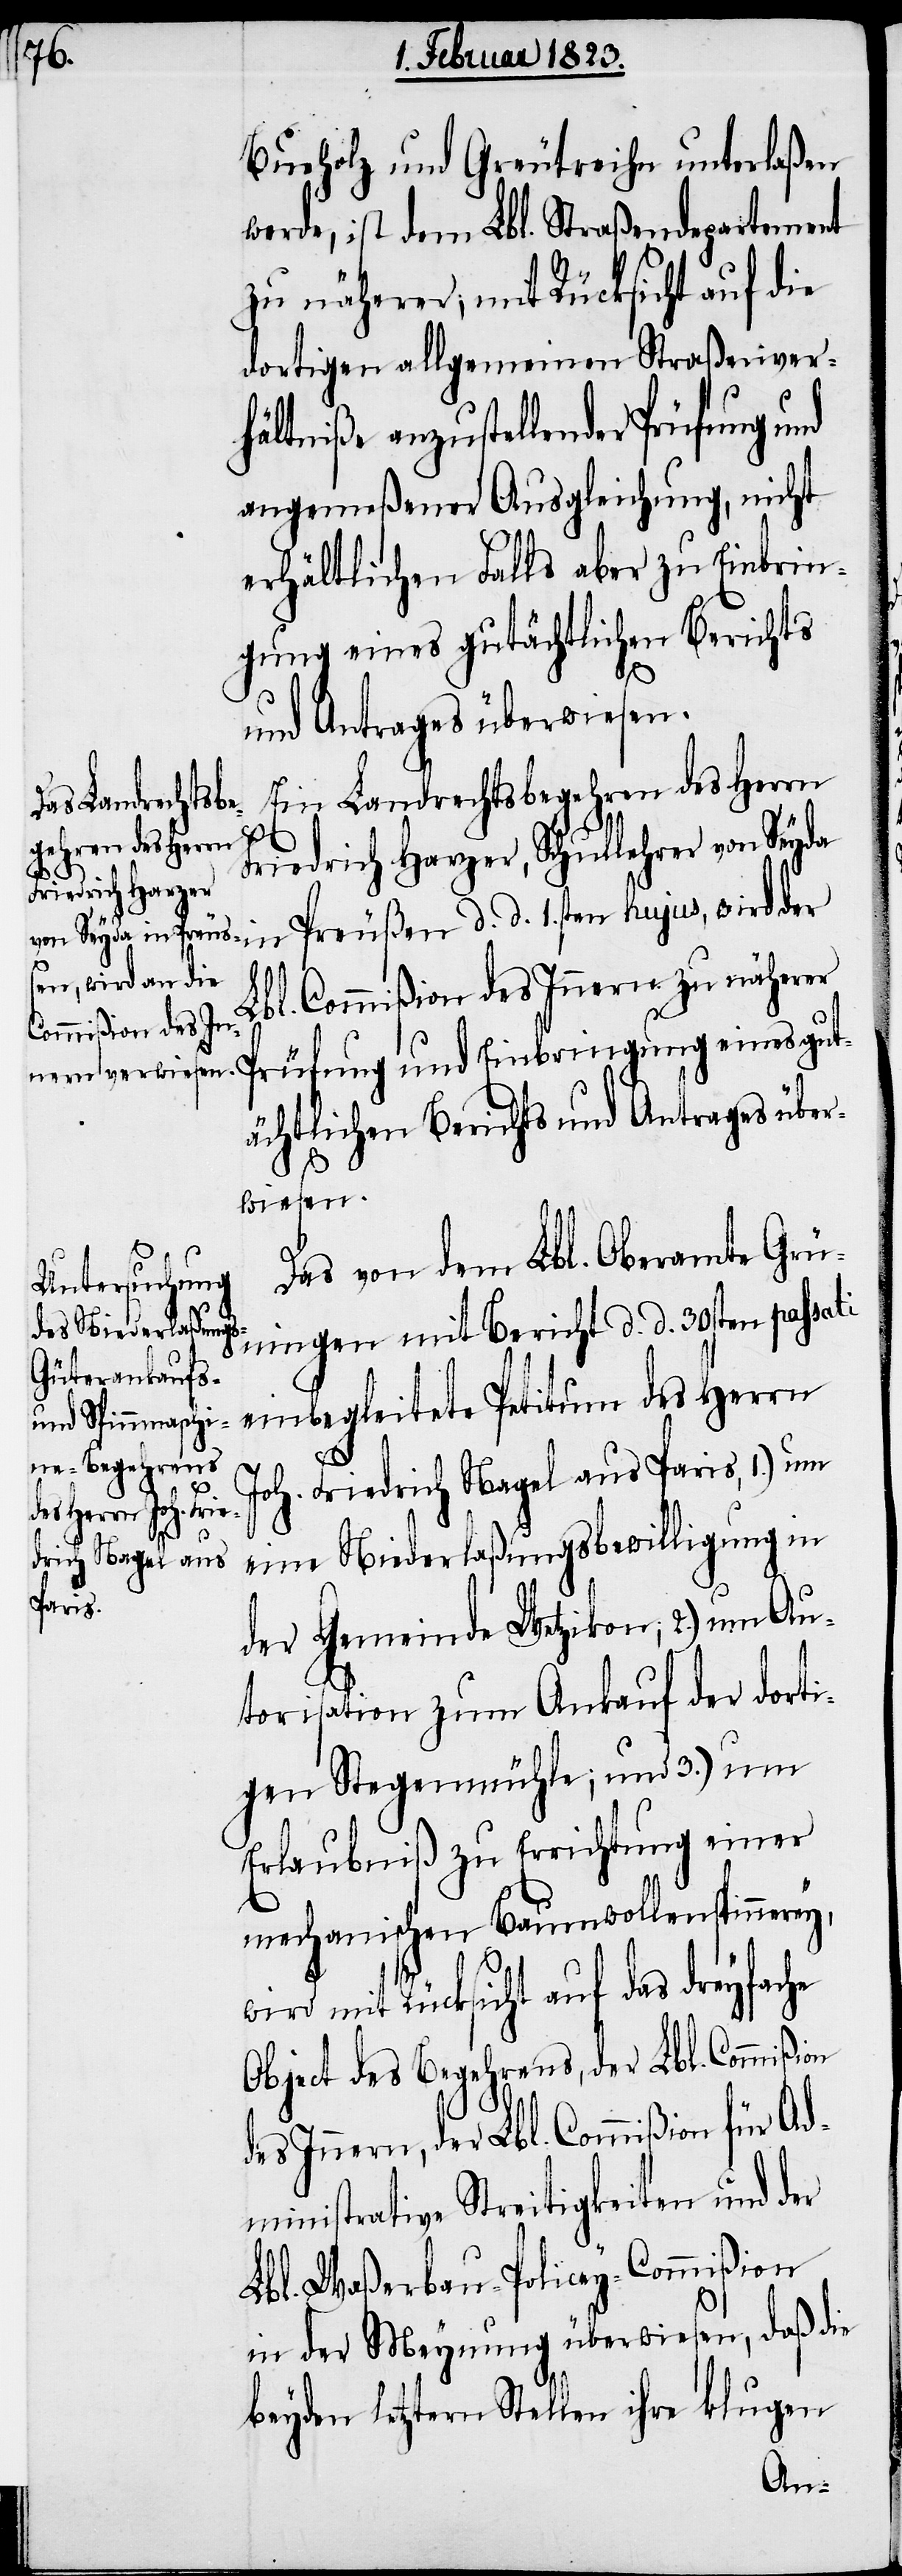
Bueholz und Greutreihn unterlaßen
werde, ist dem Lbl. Straßendepartement
zu näherer, mit Rücksicht auf die
dortigen allgemeinen Straßenver¬
hältniße anzustellender Prüfung und
angemeßener Ausgleichung, nicht
erhältlichen Falls aber zu Einbrin¬
gung eines gutächtlichen Berichts
he
und Antrages überwiesen.
Ein Landrechtsbegehren des Herrn
Friedrich Harzer,
von Seyda in Preußen d. d. 1sten hujus, wird der
Lbl. Commißion des Innern zu näherer
Prüfung und Einbringung eines gut¬
ächtlichen Berichts und Antrages über¬
wiesen.
Das von dem Lbl. Oberamte Grü¬
ningen mit Bericht d. d. 30sten passati
einbegleitete Petitum des Herrn
Joh. Friedrich Nagel aus Paris, 1.) um
eine Niederlaßungsbewilligung in
der Gemeinde Wetzikon; 2.) um Au¬
torisation zum Ankauf der dorti¬
gen Stegenmühle; und 3.) um
Erlaubniß zu Errichtung einer
mechanischen Baumwollenspinnerey,
mit Rücksicht auf das dreyfac¬
Object des Begehrens, der Lbl. Commißion
des Innern, der Lbl. Commißion für Ad¬
ministrative Streitigkeiten und der
Lbl. Waßerbau-Policey-Commißion
in der Meynung überwiesen, daß die
beyden letztern Stellen ihre klugen